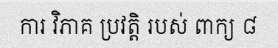
ការ វិភាគ ប្រវត្តិ របស់ ពាក្យ ៨